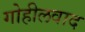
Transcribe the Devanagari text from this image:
गोहीलवाद